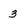
Character: 3